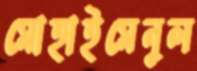
মোহাইমেনুল